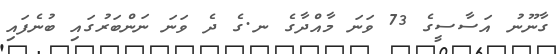
ގާނޫނު އަސާސީގެ 73 ވަނަ މާއްދާގެ ނ.ގެ ދެ ވަނަ ނަންބަރުގައި ބުނެފައި